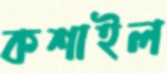
কশাইল